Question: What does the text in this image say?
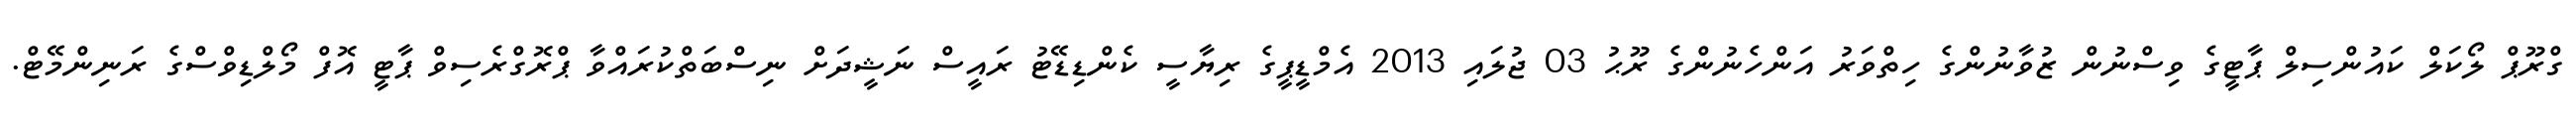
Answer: ގްރޫޕް ލޯކަލް ކައުންސިލް ޕާޓީގެ ވިސްނުން ޒުވާނުންގެ ހިތްވަރު އަންހެނުންގެ ރޫޙު 03 ޖުލައި 2013 އެމްޑީޕީގެ ރިޔާސީ ކެންޑިޑޭޓު ރައީސް ނަޝީދަށް ނިސްބަތްކުރައްވާ ޕްރޮގްރެސިވް ޕާޓީ އޮފް މޯލްޑިވްސްގެ ރަނިންމޭޓް.